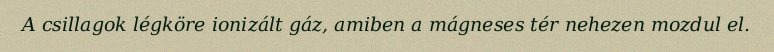
A csillagok légköre ionizált gáz, amiben a mágneses tér nehezen mozdul el.